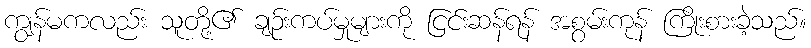
ကျွန်မကလည်း သူတို့၏ ချဉ်းကပ်မှုများကို ငြင်းဆန်ရန် အစွမ်းကုန် ကြိုးစားခဲ့သည်။